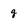
Character: g